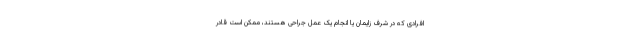
افرادی که در شرف زایمان یا انجام یک عمل جراحی هستند، ممکن است قادر